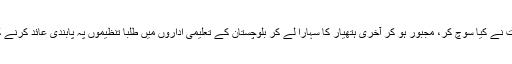
اس کے فورآ بعد نہ جانے حکومت نے کیا سوچ کر، مجبور ہو کر آخری ہتھیار کا سہارا لے کر بلوچستان کے تعلیمی اداروں میں طلبا تنظیموں پہ پابندی عائد کرنے کا اپنی طرف سے فرض پورا کیا۔